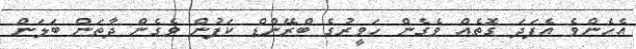
އެހެންވެ އެފަދަ ގޮތެއް ވެގެން ހަވީރުގެ ބްރޭންޑް ކަފުން ވެގެން ދާތަން ބަލަން